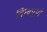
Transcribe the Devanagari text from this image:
बिम्बपूर्ण